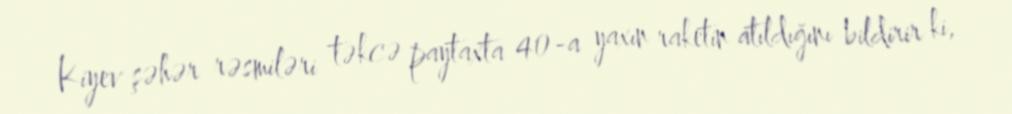
Kiyev şəhər rəsmiləri təkcə paytaxta 40-a yaxın raketin atıldığını bildirir ki,